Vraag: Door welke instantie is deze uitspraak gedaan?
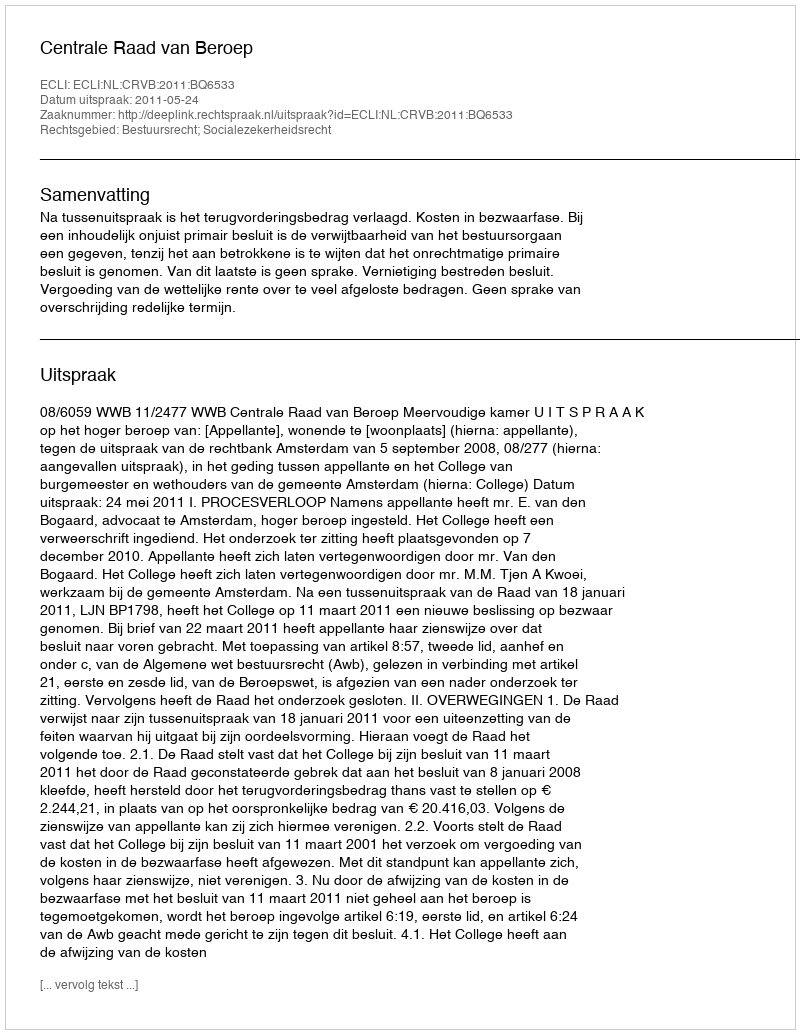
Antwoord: Centrale Raad van Beroep